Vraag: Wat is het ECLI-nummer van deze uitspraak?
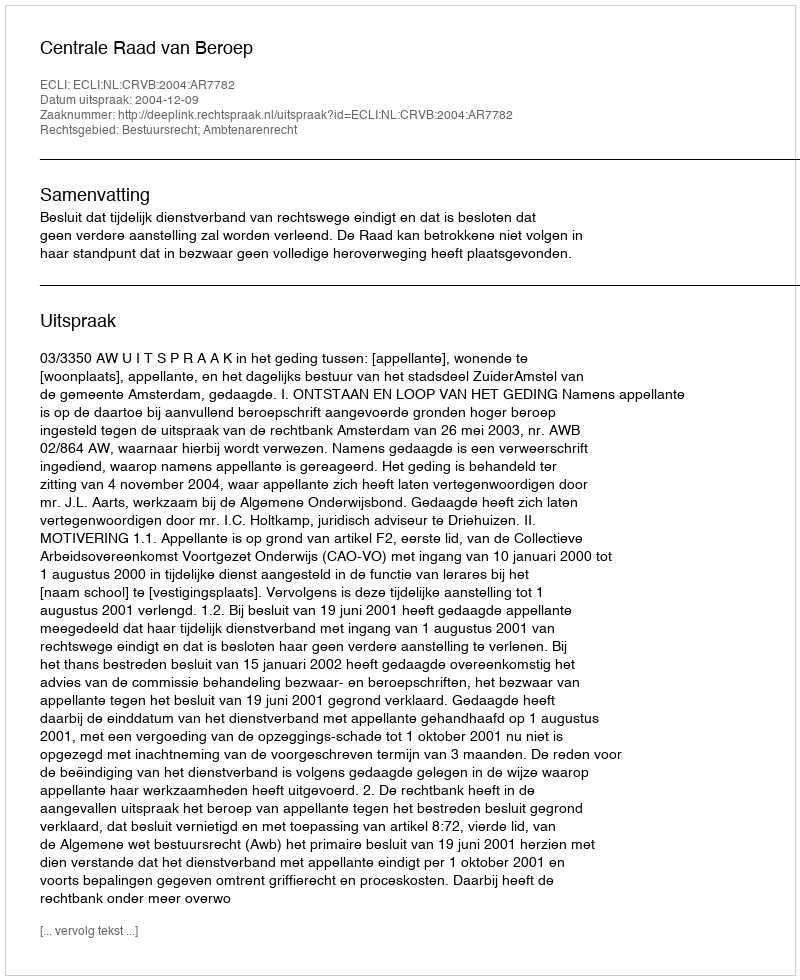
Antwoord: ECLI:NL:CRVB:2004:AR7782